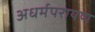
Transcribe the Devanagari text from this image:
अधर्मपरायण